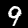
Digit: 9